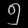
Digit: ၅